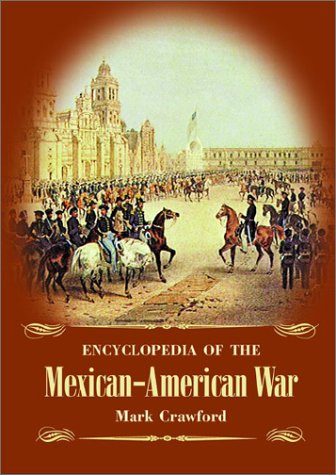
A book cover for Encyclopedia of the Mexican-American War; Mark Crawford; Reference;